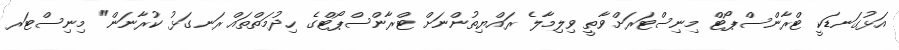
އަޅުގަނޑަކީ ޓްރާންސްޕޯޓް މިނިސްޓަރަށްވާތީ ވިލިމާލެ ރައްޔިތުންނަށް ޓްރާންސްޕޯޓްގެ ހިދުމަތްތައް ރަނގަޅު ކުރާނަން" މިނިސްޓަރ